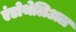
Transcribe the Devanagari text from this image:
एंडोथेलिअल